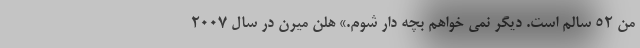
من ۵۲ سالم است. دیگر نمی خواهم بچه دار شوم.» هلن میرن در سال ۲۰۰۷